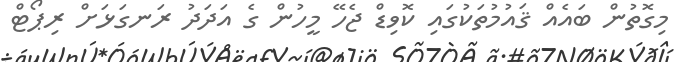
މިގޮތުން ބައެއް ޤައުމުތަކުގައި ކޮވިޑް ޖެހޭ މީހުން ގެ އަދަދު ރަނގަޅަށް ރިޕޯޓް